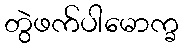
တွဲဖက်ပါမောက္ခ